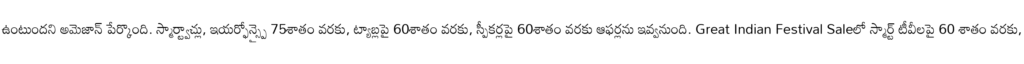
ఉంటుందని అమెజాన్ పేర్కొంది. స్మార్ట్వాచ్లు, ఇయర్ఫోన్స్పై 75శాతం వరకు, ట్యాబ్లపై 60శాతం వరకు, స్పీకర్లపై 60శాతం వరకు ఆఫర్లను ఇవ్వనుంది. Great Indian Festival Saleలో స్మార్ట్ టీవీలపై 60 శాతం వరకు,